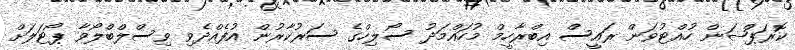
ކޮރަޕްޝަން ހުއްޓުވަން ރައީސް އިބްރާހީމް މުހައްމަދު ސޯލިހްގެ ސަރުކާރުން އުފެއްދެވި ވިސްލްބްލޯވާ ޕޯޓަލަށް